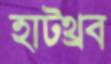
হাটথ্রব